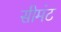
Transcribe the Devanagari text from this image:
सीमंट